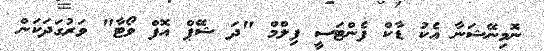
ނޮމިނޭޝަނާ އެކު ޑާކް ފެންޓަސީ ފިލްމް "ދަ ޝޭޕް އޮފް ވޯޓާ" ވަރުގަދަކަން